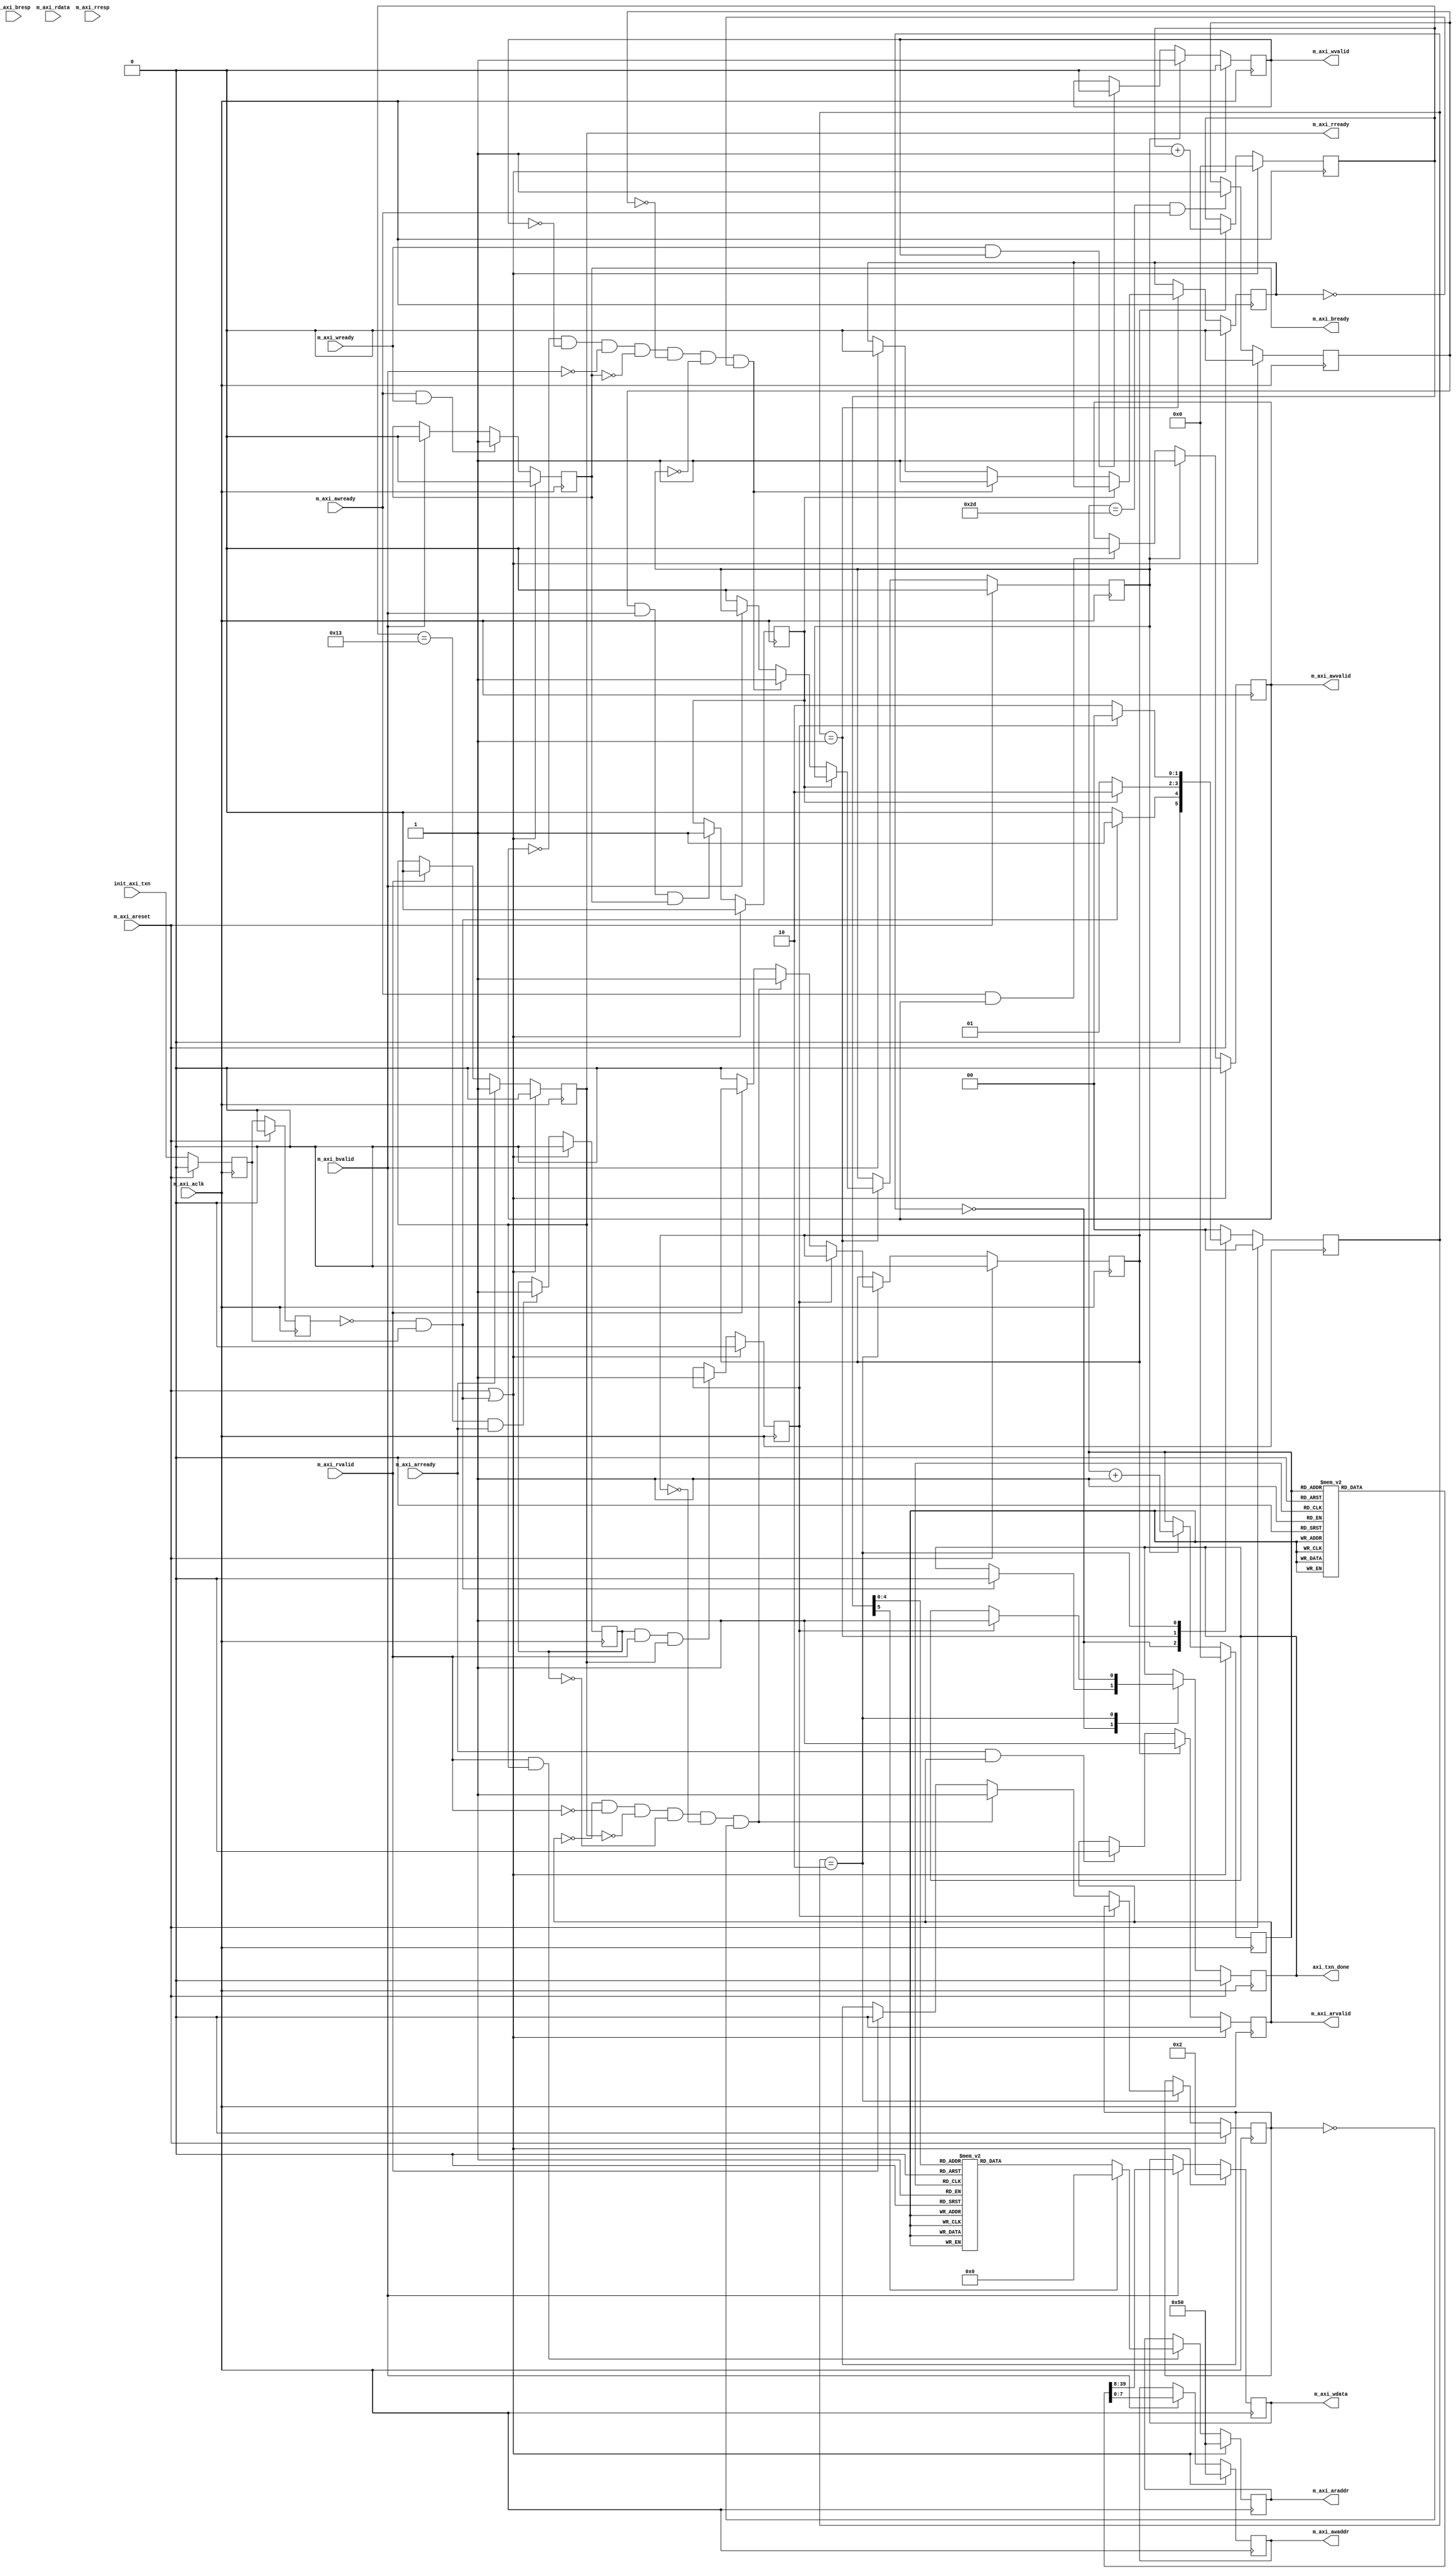
// ===========================================================================
// Copyright (c) 2011-2020 Anlogic Inc. All Right Reserved.
//
// TEL: 86-21-61633787
// WEB: http://www.anlogic.com/
// ===========================================================================
//
//
//  
//
//
// ===========================================================================

  module axi_master_cfg 
  	#(
		parameter  tx_cfg	            = {24'b0,1'b0,7'b0101010},
		parameter  rx_cfg	            = {24'b0,8'b00101010},
        parameter  pause_srcad_cfg	    = 48'h5af1f2f3f4f5,  // mac:48'h5af1f2f3f4f5,
		parameter  speed_cfg	        = {30'b0,2'b10},
        parameter  flow_ctrl_cfg	    = {30'b0,2'b00},
		parameter  ad_filter_mode_cfg	= {31'b0,1'b0},      //1'b1  1'b0,
        parameter  unicast_ad_cfg	    = 48'h0605040302DA,
		parameter  ad_table0_cfg	    = 48'h06050403020A,
        parameter  ad_table1_cfg	    = 48'h16151413121A,
		parameter  ad_table2_cfg	    = 48'h26252423222A,
        parameter  ad_table3_cfg	    = 48'h36353433323A,
        parameter  ad_table4_cfg	    = 48'h46454443424A,
        parameter  ad_table5_cfg	    = 48'h56555453525A,
		parameter  ad_table6_cfg	    = 48'h66656463626A,
        parameter  ad_table7_cfg	    = 48'h76757473727A,
        parameter  ad_table8_cfg	    = 48'h86858483828A,
        parameter  ad_table9_cfg	    = 48'h96959493929A,
		parameter  ad_table10_cfg	    = 48'hA6A5A4A3A2AA,
        parameter  ad_table11_cfg	    = 48'hB6B5B4B3B2BA,
        parameter  ad_table12_cfg	    = 48'hC6C5C4C3C2CA,
        parameter  ad_table13_cfg	    = 48'hD6D5D4D3D2DA,
		parameter  ad_table14_cfg	    = 48'hE6E5E4E3E2EA,
        parameter  ad_table15_cfg	    = 48'hF6F5F4F3F2FA,
		parameter  mdio_clk_cfg	        = {25'b0,7'b1001001},  // mdc = m_axi_aclk/(9+1)*2=50/20=2.5MHZ
		parameter  mdio_we1_data_cfg	= {16'h0,16'h9340},    //PHYphy_A:5'b00010  phy_B:5'b00001   PHY0x00/5'h00:/
        parameter  mdio_we1_ctrl_cfg	= {19'b0,5'b00000,5'b00001,2'b01,1'b1},  //16'h9340   16'hb300  16'h9300
		parameter  mdio_rd1_ctrl_cfg	= {19'b0,5'b00000,5'b00001,2'b10,1'b1}   //16'h924016'hb200  16'h9200 
 		
	)
    (	
        input   wire             init_axi_txn,  // (initiate)AXI
        output  wire             axi_txn_done,  // AXI
        //AXI
        input   wire             m_axi_aclk,
        input   wire             m_axi_areset,
        output  wire [7 : 0]     m_axi_awaddr,
        output  wire             m_axi_awvalid,
        input   wire             m_axi_awready,
        output  wire [31: 0]     m_axi_wdata,   
        output  wire             m_axi_wvalid,
        input   wire             m_axi_wready,
        input   wire [1 : 0]     m_axi_bresp,
        input   wire             m_axi_bvalid,
        output  wire             m_axi_bready,
        output  wire [7 : 0]     m_axi_araddr,
        output  wire             m_axi_arvalid,
        input   wire             m_axi_arready,
        input   wire [31: 0]     m_axi_rdata,
        input   wire [1 : 0]     m_axi_rresp,
        input   wire             m_axi_rvalid,
        output  wire             m_axi_rready
        
     
    );
    
  //----------------------------------------------------------------------------
  // 
  //----------------------------------------------------------------------------
  // 
   localparam  we_transactions_num     = 6'h2D;  // we_transactions_num  #337 case(write_index)1
   localparam  rd_transactions_num     = 6'h13;  // rd_transactions_num  #530 case(read_index) 1
  //
   localparam  tx_address 				= 8'h10;
   localparam  rx_address 				= 8'h20;
   localparam  pause_srcad0_address 	= 8'h30;
   localparam  pause_srcad1_address 	= 8'h40;
   localparam  speed_address 			= 8'h50;
   localparam  flow_ctrl_address 		= 8'h60;
   localparam  ad_filter_mode_address 	= 8'h70;
   localparam  unicast_ad0_address 		= 8'h80;
   localparam  unicast_ad1_address 		= 8'h82;
   localparam  ad_table0_address 		= 8'h84;
   localparam  ad_table1_address 		= 8'h86;
   localparam  mdio_clk_address 		= 8'h90;
   localparam  mdio_ctrl_address 		= 8'hA0;
   localparam  mdio_rd_data_address 	= 8'hB0;
   localparam  mdio_we_data_address 	= 8'hC0;
  
  parameter [1:0] IDLE 		  = 2'b00, // INIT_AXI_TXN01INIT_WRITEINIT_WRITEAXI4Lite
				  INIT_WRITE  = 2'b01, // INIT_READ
				  INIT_READ   = 2'b10; // 
  
  //AXI8
    reg [7 : 0] 	axi_awaddr;     //output   
    reg  	        axi_awvalid;    //output
    reg [31 : 0] 	axi_wdata;      //output
	reg  	        axi_wvalid;     //output
    reg  	        axi_bready;     //output
    reg [7 : 0] 	axi_araddr;     //output
	reg  	        axi_arvalid;    //output
	reg  	        axi_rready;     //output
  //
	reg [1:0]    master_state;
    reg  		 init_txn_ff;
	reg  		 init_txn_ff2;
    reg  		 start_single_write;
	reg [5:0] 	 write_index;
	reg  		 start_single_read;
	reg [5:0] 	 read_index;
	reg  		 write_issued;
	reg  		 read_issued;
	reg  		 last_write;
	reg  	     last_read;
	reg  		 writes_done;
	reg  		 reads_done;
    reg          axi_txn_done_reg; /*synthesis keep=true*/
	reg [31 : 0] rd_data_val;   /*synthesis keep=true*/
	
    //----------------------------------------------------------------------------
    // i/o connections assignmentsaxi4-lite 8
    //----------------------------------------------------------------------------
    assign m_axi_awaddr     = axi_awaddr; 
    assign m_axi_awvalid    = axi_awvalid;
    assign m_axi_wdata      = axi_wdata;  
    assign m_axi_wvalid     = axi_wvalid; 
    assign m_axi_bready     = axi_bready; 
    assign m_axi_araddr     = axi_araddr; 
    assign m_axi_arvalid    = axi_arvalid;
    assign m_axi_rready     = axi_rready; 
    
    assign axi_txn_done     = axi_txn_done_reg; 
    
    //----------------------------------------------------------------------------
    // (initiate)AXI.
    //---------------------------------------------------------------
  	
	//AXI
	always @(posedge m_axi_aclk)										      
	  begin                                                                        
	    // Initiates AXI transaction delay    
	    if (m_axi_areset == 1)                                                   
	      begin                                                                    
	        init_txn_ff <= 1'b0;                                                   
	        init_txn_ff2 <= 1'b0;     
       end                                                                               
	    else                                                                       
	      begin  
	        init_txn_ff <= init_axi_txn;
	        init_txn_ff2 <= init_txn_ff;                                                                 
	      end                                                                      
	  end 
    
    assign init_txn_pulse	= (!init_txn_ff2) && init_txn_ff;   //
  
	//=======================================================================
	// 
	//======================================================================= 
    //--------------------
	//
	//--------------------

	//  

	// axi_awvalid / axi_wvalid
	// AXIVALID

	  always @(posedge m_axi_aclk)										      
	  begin                                                                          
	    if (m_axi_areset == 1 || init_txn_pulse == 1'b1)                                                   
	      begin                                                                    
	        axi_awvalid <= 1'b0;                                                   
	      end                                                                      
	      ///           
	    else                                                                       
	      begin                                                                    
	        if (start_single_write)                                                
	          begin                                                                
	            axi_awvalid <= 1'b1;                                               
	          end                                                                  
	     //m_axi_awready
	        else if (m_axi_awready && axi_awvalid)                                 
	          begin                                                                
	            axi_awvalid <= 1'b0;                                               
	          end                                                                  
	      end                                                                      
	  end 
      
      // start_single_write  
      // write_index /                                                          
	  always @(posedge m_axi_aclk)                                                 
	  begin                                                                        
	    if (m_axi_areset == 1 || init_txn_pulse == 1'b1)                                                   
	      begin                                                                    
	        write_index <= 0;                                                      
	      end                                                                      
	      //  /                                                
	    else if (start_single_write)                                               
	      begin                                                                    
	        write_index <= write_index + 1;                                        
	      end                                                                      
	  end 
      
    //-------------------------------
	//axi_wvalid
	//------------------------------

	//   
    //  valid / wready 

	   always @(posedge m_axi_aclk)                                        
	   begin                                                                         
	     if (m_axi_areset == 1  || init_txn_pulse == 1'b1)                                                    
	       begin                                                                     
	         axi_wvalid <= 1'b0;                                                     
	       end                                                                       
	     ///              
	     else if (start_single_write)                                                
	       begin                                                                     
	         axi_wvalid <= 1'b1;                                                     
	       end                                                                       
	     //m_axi_wready      
	     else if (m_axi_wready && axi_wvalid)                                        
	       begin                                                                     
	        axi_wvalid <= 1'b0;                                                      
	       end                                                                       
	   end
       
    //--------------------------------------------------
	// / 
	//--------------------------------------------------
 /*  						
    tx_cfg	         			tx_address 				= 8'h10
    rx_cfg	                    rx_address 				= 8'h20
    pause_srcad_cfg	            pause_srcad0_address 	= 8'h30
    speed_cfg	                pause_srcad1_address 	= 8'h40
    flow_ctrl_cfg	            speed_address 			= 8'h50
    ad_filter_mode_cfg          flow_ctrl_address 		= 8'h60
    unicast_ad_cfg	            ad_filter_mode_address 	= 8'h70
    ad_table3_cfg	            unicast_ad0_address 	= 8'h80	
    ad_table2_cfg	            unicast_ad1_address 	= 8'h82	
    ad_table1_cfg	            ad_table0_address 		= 8'h84
    ad_table0_cfg	            ad_table1_address 		= 8'h86
    mdio_clk_cfg	            mdio_clk_address 		= 8'h90
    mdio_we1_ctrl_cfg	        mdio_ctrl_address 		= 8'hA0
    mdio_we1_data_cfg	        mdio_rd_data_address 	= 8'hB0
    mdio_rd1_ctrl_cfg           mdio_we_data_address 	= 8'hC0
	 */
    
    // 

	  //write addresses                                        
	  always @(posedge m_axi_aclk)                                  
	      begin                                                     
	        if (m_axi_areset == 1  || init_txn_pulse == 1'b1)                                
	          begin                                                 
	            axi_awaddr <= speed_address;    
                axi_wdata  <= speed_cfg;   //
	          end                                                   
	          // ///                            
	        //else if (m_axi_awready && axi_awvalid) 
            else if (m_axi_bvalid)   
             begin 
                case(write_index)
              //6'h00:  begin
                    // axi_awaddr <= speed_address; 
                    // axi_wdata  <= speed_cfg; 
                    // end
				6'h01:  begin
                    axi_awaddr <= tx_address; 
                    axi_wdata  <= tx_cfg; 
                    end
                6'h02:  begin
                    axi_awaddr <= rx_address; 
                    axi_wdata  <= rx_cfg; 
                    end
                6'h03:  begin
                    axi_awaddr <= pause_srcad0_address; 
                    axi_wdata  <= pause_srcad_cfg[31:0]; 
                    end
                6'h04:  begin
                    axi_awaddr <= pause_srcad1_address; 
                    axi_wdata  <= {16'h0,pause_srcad_cfg[47:32]}; 
                    end
                6'h05:  begin
                    axi_awaddr <= flow_ctrl_address; 
                    axi_wdata  <= flow_ctrl_cfg; 
                    end
                6'h06:  begin
                    axi_awaddr <= ad_filter_mode_address; 
                    axi_wdata  <= ad_filter_mode_cfg; 
                    end
                6'h07:  begin
                    axi_awaddr <= unicast_ad0_address; 
                    axi_wdata  <= unicast_ad_cfg[31:0]; 
                    end
                6'h08:  begin
                    axi_awaddr <= unicast_ad1_address; 
                    axi_wdata  <= {16'h0,unicast_ad_cfg[47:32]}; 
                    end
				6'h09:  begin
                    axi_awaddr <= ad_table1_address; 
                    axi_wdata  <= {16'hf,ad_table15_cfg[47:32]}; 
                    end
                6'h0A:  begin
                    axi_awaddr <= ad_table0_address; 
                    axi_wdata  <= ad_table15_cfg[31:0]; 
                    end
                6'h0B:  begin
                    axi_awaddr <= ad_table1_address; 
                    axi_wdata  <= {16'he,ad_table14_cfg[47:32]}; 
                    end
                6'h0C:  begin
                    axi_awaddr <= ad_table0_address; 
                    axi_wdata  <= ad_table14_cfg[31:0]; 
                    end
				6'h0D:  begin
                    axi_awaddr <= ad_table1_address; 
                    axi_wdata  <= {16'hd,ad_table13_cfg[47:32]}; 
                    end
                6'h0E:  begin
                    axi_awaddr <= ad_table0_address; 
                    axi_wdata  <= ad_table13_cfg[31:0]; 
                    end
				6'h0F:  begin
                    axi_awaddr <= ad_table1_address; 
                    axi_wdata  <= {16'hc,ad_table12_cfg[47:32]}; 
                    end
                6'h10:  begin
                    axi_awaddr <= ad_table0_address; 
                    axi_wdata  <= ad_table12_cfg[31:0]; 
                    end
                6'h11:  begin
                    axi_awaddr <= ad_table1_address; 
                    axi_wdata  <= {16'hb,ad_table11_cfg[47:32]}; 
                    end
                6'h12:  begin
                    axi_awaddr <= ad_table0_address; 
                    axi_wdata  <= ad_table11_cfg[31:0]; 
                    end
                6'h13:  begin
                    axi_awaddr <= ad_table1_address; 
                    axi_wdata  <= {16'ha,ad_table10_cfg[47:32]}; 
                    end
                6'h14:  begin
                    axi_awaddr <= ad_table0_address; 
                    axi_wdata  <= ad_table10_cfg[31:0]; 
                    end
				6'h15:  begin
                    axi_awaddr <= ad_table1_address; 
                    axi_wdata  <= {16'h9,ad_table9_cfg[47:32]}; 
                    end
                6'h16:  begin
                    axi_awaddr <= ad_table0_address; 
                    axi_wdata  <= ad_table9_cfg[31:0]; 
                    end
				6'h17:  begin
                    axi_awaddr <= ad_table1_address; 
                    axi_wdata  <= {16'h8,ad_table8_cfg[47:32]}; 
                    end
                6'h18:  begin
                    axi_awaddr <= ad_table0_address; 
                    axi_wdata  <= ad_table8_cfg[31:0]; 
                    end
                6'h19:  begin
                    axi_awaddr <= ad_table1_address; 
                    axi_wdata  <= {16'h7,ad_table7_cfg[47:32]}; 
                    end
                6'h1A:  begin
                    axi_awaddr <= ad_table0_address; 
                    axi_wdata  <= ad_table7_cfg[31:0]; 
                    end
                6'h1B:  begin
                    axi_awaddr <= ad_table1_address; 
                    axi_wdata  <= {16'h6,ad_table6_cfg[47:32]}; 
                    end
                6'h1C:  begin
                    axi_awaddr <= ad_table0_address; 
                    axi_wdata  <= ad_table6_cfg[31:0]; 
                    end
				6'h1D:  begin
                    axi_awaddr <= ad_table1_address; 
                    axi_wdata  <= {16'h5,ad_table5_cfg[47:32]}; 
                    end
                6'h1E:  begin
                    axi_awaddr <= ad_table0_address; 
                    axi_wdata  <= ad_table5_cfg[31:0]; 
                    end
				6'h1F:  begin
                    axi_awaddr <= ad_table1_address; 
                    axi_wdata  <= {16'h4,ad_table4_cfg[47:32]}; 
                    end
                6'h20:  begin
                    axi_awaddr <= ad_table0_address; 
                    axi_wdata  <= ad_table4_cfg[31:0]; 
                    end
                6'h21:  begin
                    axi_awaddr <= ad_table1_address; 
                    axi_wdata  <= {16'h3,ad_table3_cfg[47:32]}; 
                    end
                6'h22:  begin
                    axi_awaddr <= ad_table0_address; 
                    axi_wdata  <= ad_table3_cfg[31:0]; 
                    end
                6'h23:  begin
                    axi_awaddr <= ad_table1_address; 
                    axi_wdata  <= {16'h2,ad_table2_cfg[47:32]}; 
                    end
                6'h24:  begin
                    axi_awaddr <= ad_table0_address; 
                    axi_wdata  <= ad_table2_cfg[31:0]; 
                    end
				6'h25:  begin
                    axi_awaddr <= ad_table1_address; 
                    axi_wdata  <= {16'h1,ad_table1_cfg[47:32]}; 
                    end
                6'h26:  begin
                    axi_awaddr <= ad_table0_address; 
                    axi_wdata  <= ad_table1_cfg[31:0]; 
                    end
				6'h27:  begin
                    axi_awaddr <= ad_table1_address; 
                    axi_wdata  <= {16'h0,ad_table0_cfg[47:32]}; 
                    end   
                6'h28:  begin
                    axi_awaddr <= ad_table0_address; 
                    axi_wdata  <= ad_table0_cfg[31:0]; 
                    end
                    
                6'h29:  begin
                    axi_awaddr <= mdio_clk_address; 
                    axi_wdata  <= mdio_clk_cfg; 
                    end
                6'h2A:  begin
                    axi_awaddr <= mdio_we_data_address; 
                    axi_wdata  <= mdio_we1_data_cfg; 
                    end
				6'h2B:  begin
                    axi_awaddr <= mdio_ctrl_address; 
                    axi_wdata  <= mdio_we1_ctrl_cfg; 
                    end
                6'h2C:  begin                        //
                    axi_awaddr <= mdio_ctrl_address; 
                    axi_wdata  <= mdio_rd1_ctrl_cfg; 
                    end
				default: begin
                    axi_awaddr <= 8'h0; 
                    axi_wdata  <= 32'h0; 
                    end
                endcase                                                               
	          end                                                   
	      end                                                       
	                                                                
      	                                       
	                          
    
     
    //----------------------------
	//b
	//----------------------------

	// 
    // bready
	// bresp[1] 

	  always @(posedge m_axi_aclk)                                    
	  begin                                                                
	    if (m_axi_areset == 1 || init_txn_pulse == 1'b1)                                           
	      begin                                                            
	        axi_bready <= 1'b0;                                            
	      end                                                              
	    // /axi_breadym_axi_bvalid                          
	   // else if (m_axi_bvalid && ~axi_bready) 
        else if (m_axi_awready && m_axi_wready)
	      begin                                                            
	        axi_bready <= 1'b1;                                            
	      end                                                              
	    //                                   
	    //else if (axi_bready) 
         else if (m_axi_bvalid)
	      begin                                                            
	        axi_bready <= 1'b0;                                            
	      end                                                              
	    // retain the previous value                                       
	    else                                                               
	      axi_bready <= axi_bready;                                        
	  end                                                                  
	                                                                       
	//flag write errors                                                    
	// assign write_resp_error = (axi_bready & m_axi_bvalid & m_axi_bresp[1]);


	//=======================================================================
	// 
	//======================================================================= 
	//----------------------------
	//
	//----------------------------
	//start_single_read 
    //read_index / 

	  always @(posedge m_axi_aclk)                                                     
	  begin                                     
      if (m_axi_areset == 1 || init_txn_pulse == 1'b1)                                                       
	      begin                                                                        
	        read_index <= 0;                                                           
	      end                                                                          
	    //                                                      
	    else if (start_single_read)                                                    
	      begin                                                                        
	        read_index <= read_index + 1;                                              
	      end                                                                          
	  end                                                                              
	                                                                                   
	  // axi_arvalid  
      // start_single_read//                                                                   
	  always @(posedge m_axi_aclk)                                                     
	  begin                                                                            
	    if (m_axi_areset == 1 || init_txn_pulse == 1'b1)                                                       
	      begin                                                                        
	        axi_arvalid <= 1'b0;                                                       
	      end                                                                          
	    //                 
	    else if (start_single_read)                                                    
	      begin                                                                        
	        axi_arvalid <= 1'b1;                                                       
	      end                                                                          
	    //raddress/m_axi_arready    
	    else if (m_axi_arready && axi_arvalid)                                         
	      begin                                                                        
	        axi_arvalid <= 1'b0;                                                       
	      end                                                                          
	    // retain the previous value            
	  end                                                                              

	//--------------------------------
	//
	//--------------------------------

	//.axi_rready

	  always @(posedge m_axi_aclk)                                    
	  begin                                                                 
	    if (m_axi_areset == 1 || init_txn_pulse == 1'b1)                                            
	      begin                                                             
	        axi_rready <= 1'b0;                                             
	      end                                                               
	    // axi_rready/rdata / rresp ,m_axi_rvalid                           
	    //else if (m_axi_rvalid && ~axi_rready) 
        else if (m_axi_arready) 
	      begin                                                             
	        axi_rready <= 1'b1;                                             
	      end                                    
	    else if (m_axi_rvalid)                                                
	      begin                                                             
	        axi_rready <= 1'b0;                   
          end                                                               
	    // retain the previous value                                        
	  end                                                                   
	                                                                        
	// flag write errors                                                     
	// assign read_resp_error = (axi_rready & m_axi_rvalid & m_axi_rresp[1]);  

	//--------------------------------
	//:
	//--------------------------------

 /*	    
       tx_address 				= 8'h10
       rx_address 				= 8'h20
       pause_srcad0_address 	= 8'h30
       pause_srcad1_address 	= 8'h40
       speed_address 			= 8'h50
       flow_ctrl_address 		= 8'h60
       ad_filter_mode_address 	= 8'h70
       unicast_ad0_address 	    = 8'h80	
       unicast_ad1_address 	    = 8'h82	
       ad_table0_address 		= 8'h84
       ad_table1_address 		= 8'h86
       mdio_clk_address 		= 8'h90
       mdio_ctrl_address 		= 8'hA0
       mdio_rd_data_address 	= 8'hB0
       mdio_we_data_address 	= 8'hC0
 */
     
    // 

                                          
	  //read addresses                                              
	  always @(posedge m_axi_aclk)                                  
	      begin                                                     
	        if (m_axi_areset == 1  || init_txn_pulse == 1'b1)                                
	          begin                                                 
	            axi_araddr <= speed_address;
	          end                                                   
	          // /,                            
	        //else if (m_axi_arready && axi_arvalid)
            else if (m_axi_rvalid && axi_rready)
	          begin
			  case(read_index)
              //6'h00:  axi_araddr <= speed_address;
				6'h01:  axi_araddr <= tx_address;
                6'h02:  axi_araddr <= rx_address;
                6'h03:  axi_araddr <= pause_srcad0_address;
                6'h04:  axi_araddr <= pause_srcad1_address;
                6'h05:  axi_araddr <= flow_ctrl_address;
                6'h06:  axi_araddr <= ad_filter_mode_address;
                6'h07:  axi_araddr <= unicast_ad0_address;
                6'h08:  axi_araddr <= unicast_ad1_address;
				6'h09:  axi_araddr <= ad_table1_address;  //
                6'h0A:  axi_araddr <= ad_table0_address;
                6'h0B:  axi_araddr <= ad_table1_address;
                6'h0C:  axi_araddr <= ad_table0_address;
				6'h0D:  axi_araddr <= ad_table1_address;
                6'h0E:  axi_araddr <= ad_table0_address;
				6'h0F:  axi_araddr <= ad_table1_address; 
                6'h10:  axi_araddr <= ad_table0_address;
                6'h11:  axi_araddr <= mdio_clk_address; 
                6'h12:  axi_araddr <= mdio_rd_data_address; 

				default: axi_araddr <= 8'h0; 
               endcase    
              end                                                   
	      end                                                       
                                                               
	  always @(posedge m_axi_aclk)                                  
	      begin                                                     
	        if (m_axi_areset == 1  || init_txn_pulse == 1'b1)                                
	          begin                                                 
	            rd_data_val <= 32'h0;             
	          end                                                   
	          // /,                            
	        else if (m_axi_rvalid && axi_rready)                    
	          begin                                                 
	            rd_data_val <= m_axi_rdata;
	          end                                                   
	      end 
          
    //====================================================    
	//
    //====================================================
      
	  always @( posedge m_axi_aclk)                                                    
	  begin                                                                             
	    if (m_axi_areset == 1 )                                                     
	      begin                                                                         
	      // 
          //           
	        master_state  		<= IDLE;                                            
	        start_single_write 	<= 1'b0;                                                 
	        write_issued  		<= 1'b0;                                                      
	        start_single_read  	<= 1'b0;                                                 
	        read_issued   		<= 1'b0;
            axi_txn_done_reg    <= 1'b0;
	      end                 
      else                                                                            
	      begin                                                                         
	       // state transition                                                          
	        case (master_state)                                                                                                                                
	         IDLE:                                                             
				//  init_txn_pulse  axi 
	            if ( init_txn_pulse == 1'b1 )                                     
	              begin                                                                 
	                master_state        <= INIT_WRITE;
                    axi_txn_done_reg    <= 1'b0;
	              end                                                                   
	            else                                                                    
	              begin                                                                 
	                master_state  <= IDLE;                                    
	              end                                                                   
	                                                                                    
	         INIT_WRITE:                                                               
	            // start_single_write  
                // last_write  
                //                                                      
	            if (writes_done)                                                        
	              begin                                                                 
	                master_state <= INIT_READ;                                     
	              end                                                                   
	            else                                                                    
	              begin                                                                 
	                master_state  <= INIT_WRITE;                                                                                                      
	                  if (~axi_awvalid && ~axi_wvalid && ~m_axi_bvalid && ~m_axi_bready && ~last_write && ~start_single_write && ~write_issued)
                      //if (m_axi_bvalid && ~last_write && ~start_single_write && ~write_issued)
	                    begin                                                           
	                      start_single_write <= 1'b1;                                   
	                      write_issued  <= 1'b1;                                        
	                    end                                                             
	                  //else if (axi_bready)
                      else if (m_axi_bvalid) 
	                    begin                                                           
	                      write_issued  <= 1'b0;                                        
	                    end                                                             
	                  else                                                              
	                    begin                                                           
	                      start_single_write <= 1'b0; //negate to generate a pulse      
	                    end                                                             
	              end                                                                   
	                                                                                    
	         INIT_READ:                                                                
	            // start_single_read  
                // last_read                           
	            // read controller                                                     
	             if (reads_done)                                                        
	               begin                                                                
	                 master_state      <= IDLE;
                     axi_txn_done_reg  <= 1'b1;
	               end                                                                  
	             else                                                                   
	               begin                                                                
	                 master_state  <= INIT_READ;                                      
	                                                                                    
	                 if (~axi_arvalid && ~m_axi_rvalid && ~axi_rready && ~last_read && ~start_single_read && ~read_issued)
	                   begin                                                            
	                     start_single_read <= 1'b1;                                     
	                     read_issued  <= 1'b1;                                          
	                   end      
                     //else if (axi_rready) 
                     else if (m_axi_rvalid)
	                   begin                                                            
	                     read_issued  <= 1'b0;                                          
	                   end                                                              
	                 else                                                               
	                   begin                                                            
	                     start_single_read <= 1'b0; //negate to generate a pulse        
	                   end                                                              
	               end                                                                  
	                                                                                                                               
	          default :                                                                
	             begin                                                                  
	               master_state  <= IDLE;                                     
	             end                                                                    
	        endcase                                                                     
	    end                                                                             
	  end //master_execution_proc                                                       
	                                                                                    
	  //                                                            
	                                                                                    
	  always @(posedge m_axi_aclk)                                                      
	  begin                                                                             
	    if (m_axi_areset == 1  || init_txn_pulse == 1'b1)                                                         
	      last_write <= 1'b0;    
        //       
	    else if ((write_index == we_transactions_num) && m_axi_awready)    //transactions_num case(write_index)1            
	      last_write <= 1'b1;                                                           
	    else                                                                            
	      last_write <= last_write;                                                     
	  end                                                                               
	                                                                                    
	  //                                                
	                                                                                    
	  //                                                                       
	                                                                                    
	  always @(posedge m_axi_aclk)                                                      
	  begin                                                                             
	    if (m_axi_areset == 1  || init_txn_pulse == 1'b1)                                                         
	      writes_done <= 1'b0;                                                                                                                                     
	      //the writes_done should be associated with a bready response                 
	    else if (last_write && m_axi_bvalid && axi_bready)                              
	      writes_done <= 1'b1;                                                          
	    else                                                                            
	      writes_done <= writes_done;                                                   
	  end                                                                               
	                                                                                    
	//------------------                                                                
	//read example                                                                      
	//------------------                                                                
	                                                                                    
	//                                                               
	                                                                                    
	  always @(posedge m_axi_aclk)               
      begin                                                                             
	    if (m_axi_areset == 1  || init_txn_pulse == 1'b1)                                                         
	      last_read <= 1'b0;                                                            
	                                                                                    
	    //         
	    else if ((read_index == rd_transactions_num) && (m_axi_arready) )        // rd_transactions_num   case(read_index) 1      
	      last_read <= 1'b1;                                                            
	    else                                                                            
	      last_read <= last_read;                                                       
	  end                                                                               
	                                                                                    
	/*                                                                                  
	                                                    
	                                                                                    
	 /                                                                     
	 */                                                                                 
	  always @(posedge m_axi_aclk)                                                      
	  begin                                                                             
	    if (m_axi_areset == 1  || init_txn_pulse == 1'b1)                                                         
	      reads_done <= 1'b0;                                                                                                                                       
	    //reads_done                
	    else if (last_read && m_axi_rvalid && axi_rready)                               
	      reads_done <= 1'b1;                                                           
	    else                                                                            
	      reads_done <= reads_done;                                                     
	    end                                                                             
	                                    
	

endmodule